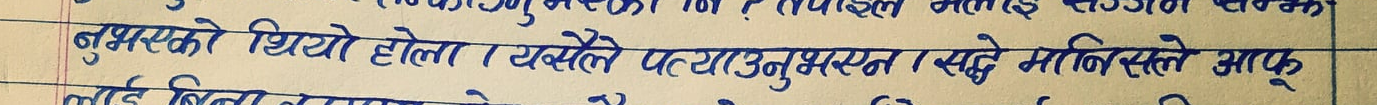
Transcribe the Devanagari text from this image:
भूमसिएको थियो होला । यसैले पत्याउनुभएन र यसो मानिसले आफू